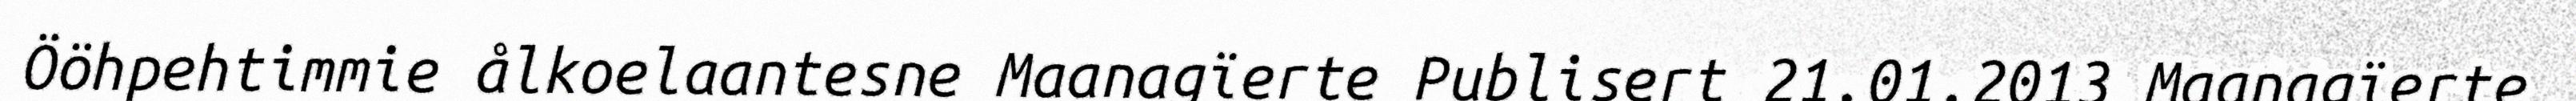
Ööhpehtimmie ålkoelaantesne Maanagïerte Publisert 21.01.2013 Maanagïerte